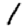
Digit: 1